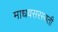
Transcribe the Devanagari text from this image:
माधवसरस्वती